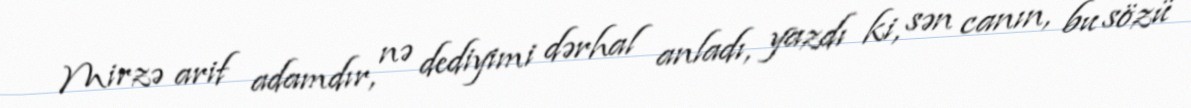
Mirzə arif adamdır, nə dediyimi dərhal anladı, yazdı ki, sən canın, bu sözü